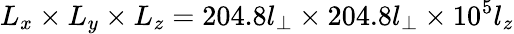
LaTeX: L_{x}\times L_{y}\times L_{z}=204.8l_{\perp}\times 204.8l_{\perp}\times 10^{5}l_{z}